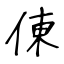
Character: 倲